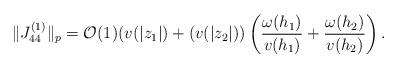
LaTeX: \begin{align*}\Vert J_{44}^{\left( 1\right) }\Vert _{p}=\mathcal{O}(1)(v(|z_{1}|)+(v(|z_{2}|))\left( \frac{\omega (h_{1})}{v(h_{1})}+\frac{\omega (h_{2})}{v(h_{2})}\right) . \end{align*}